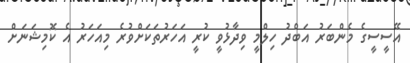
އޭސީސީގެ މެންބަރު އަބްދު ހިލްމީ ވިދާޅުވީ ކުރީ އަހަރުތަކަށްވުރެ މިއަހަރު އެ ކޮމިޝަނަށް